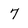
Character: 7